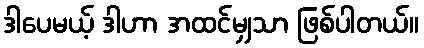
ဒါပေမယ့် ဒါဟာ အထင်မျှသာ ဖြစ်ပါတယ်။